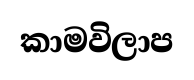
කාමවිලාප